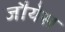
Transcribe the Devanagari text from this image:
जौयेस